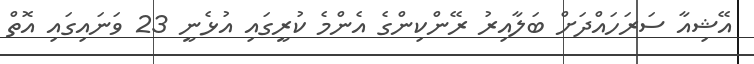
އޭޝިއާ ސަރަހައްދަށް ބަލާއިރު ރޭންކިންގެ އެންމެ ކުރީގައި އުޅެނީ 23 ވަނައިގައި އޮތް